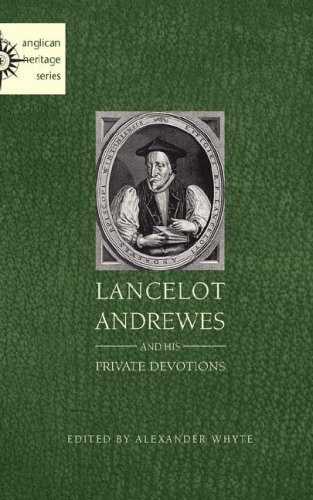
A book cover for Lancelot Andrewes and His Private Devotions; Alexander Whyte; Christian Books & Bibles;